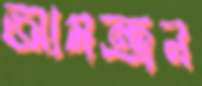
আমন্ত্রন